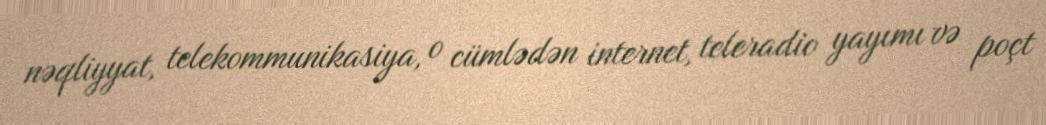
nəqliyyat, telekommunikasiya, o cümlədən internet, teleradio yayımı və poçt